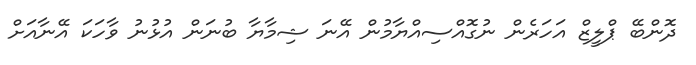
ދޮންބޭ ޕްލީޒް އަހަރެން ނުގޮއްސިއްޔާމުން އޭނަ ޝިމާޔާ ބުނަން އުޅުނު ވާހަކަ އޭނާއަށް